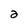
Character: 2